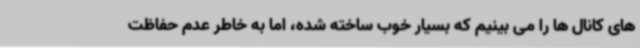
های کانال ها را می بینیم که بسیار خوب ساخته شده، اما به خاطر عدم حفاظت